Report on the bubonic plague in Bombay, 1896-1897
Year: 1896
Disease focus: Plague
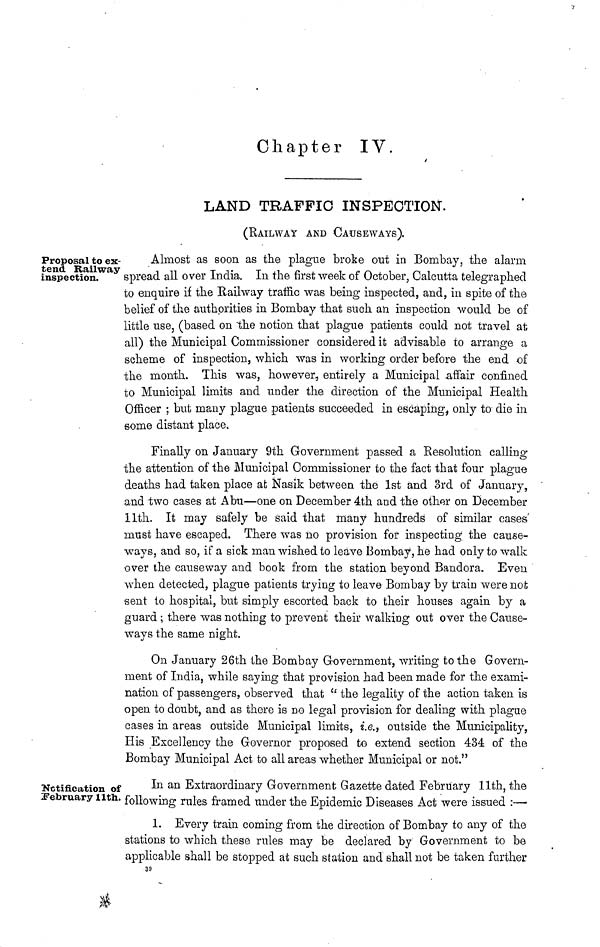
Chapter IV
LAND TRAFFIC INSPECTION.
(RAILWAY AND CAUSEWAYS).
Proposal to ex-
tend Railway
inspection.
Almost as soon as the plague broke out in Bombay, the alarm
spread all over India. In the first week of October, Calcutta telegraphed
to enquire if the Railway traffic was being inspected, and, in spite of the
belief of the authorities in Bombay that such an inspection would be of
little use, (based on the notion that plague patients could not travel at
all) the Municipal Commissioner considered it advisable to arrange a
scheme of inspection, which was in working order before the end of
the month. This was, however, entirely a Municipal affair confined
to Municipal limits and under the direction of the Municipal Health
Officer ; but many plague patients succeeded in escaping, only to die in
some distant place.
Finally on January 9th Government passed a Resolution calling
the attention of the Municipal Commissioner to the fact that four plague
deaths had taken place at Nasik between the 1st and 3rd of January,
and two cases at Abu—one on December 4th and the other on December
11th. It may safely be said that many hundreds of similar cases
must have escaped. There was no provision for inspecting the cause-
ways, and so, if a sick man wished to leave Bombay, he had only to walk
over the causeway and book from the station beyond Bandora. Even
when detected, plague patients trying to leave Bombay by train were nob
sent to hospital, but simply escorted back to their houses again by a
guard ; there was nothing to prevent their walking out over the Cause-
ways the same night.
On January 26th the Bombay Government, writing to the Govern-
ment of India, while saying that provision had been made for the exami-
nation of passengers, observed that "the legality of the action taken is
open to doubt, and as there is no legal provision for dealing with plague
cases in areas outside Municipal limits, i.e., outside the Municipality,
His Excellency the Governor proposed to extend section 434 of the
Bombay Municipal Act to all areas whether Municipal or not."
Notification of
February 11th.
In an Extraordinary Government Gazette dated February 11th, the
following rules framed under the Epidemic Diseases Act were issued :—
1. Every train coming from the direction of Bombay to any of the
stations to which these rules may be declared by Government to be
applicable shall be stopped at such station and shall not be taken further
38